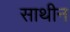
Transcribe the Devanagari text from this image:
साथीन